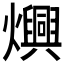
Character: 𬋙